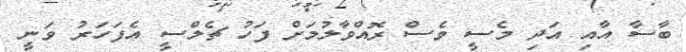
ބާސާ އާއި އަދި މެސީ ވެސް ރޮއްވާލުމަށް ފަހު ޗެލްސީ އެފަހަރު ވަނީ